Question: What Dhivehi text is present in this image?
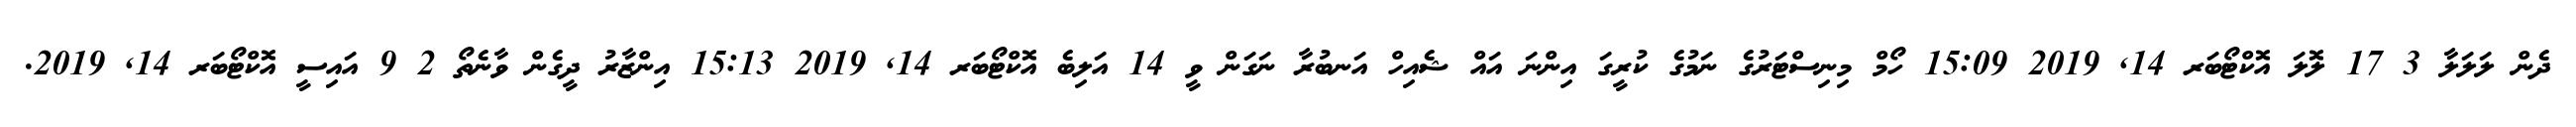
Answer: ދެން ލަލަލާ 3 17 ލޮލަ އޮކްޓޯބަރ 14, 2019 15:09 ހޯމް މިނިސްޓަރުގެ ނަމުގެ ކުރީގަ އިންނަ އައް ޝެއިހް އަނބުރާ ނަގަން ވީ 14 އަލިބެ އޮކްޓޯބަރ 14, 2019 15:13 އިންޒާރު ދީގެން ވާނެތޯ 2 9 އައިސީ އޮކްޓޯބަރ 14, 2019.